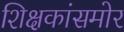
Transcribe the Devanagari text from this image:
शिक्षकांसमोर